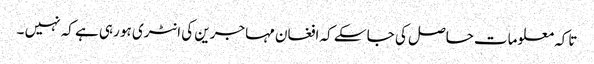
تاکہ معلومات حاصل کی جا سکے کہ افغان مہاجرین کی انٹری ہو رہی ہے کہ نہیں ۔